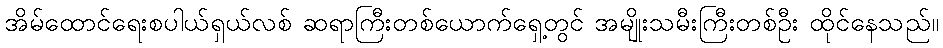
အိမ်ထောင်ရေးစပါယ်ရှယ်လစ် ဆရာကြီးတစ်ယောက်ရှေ့တွင် အမျိုးသမီးကြီးတစ်ဦး ထိုင်နေသည်။